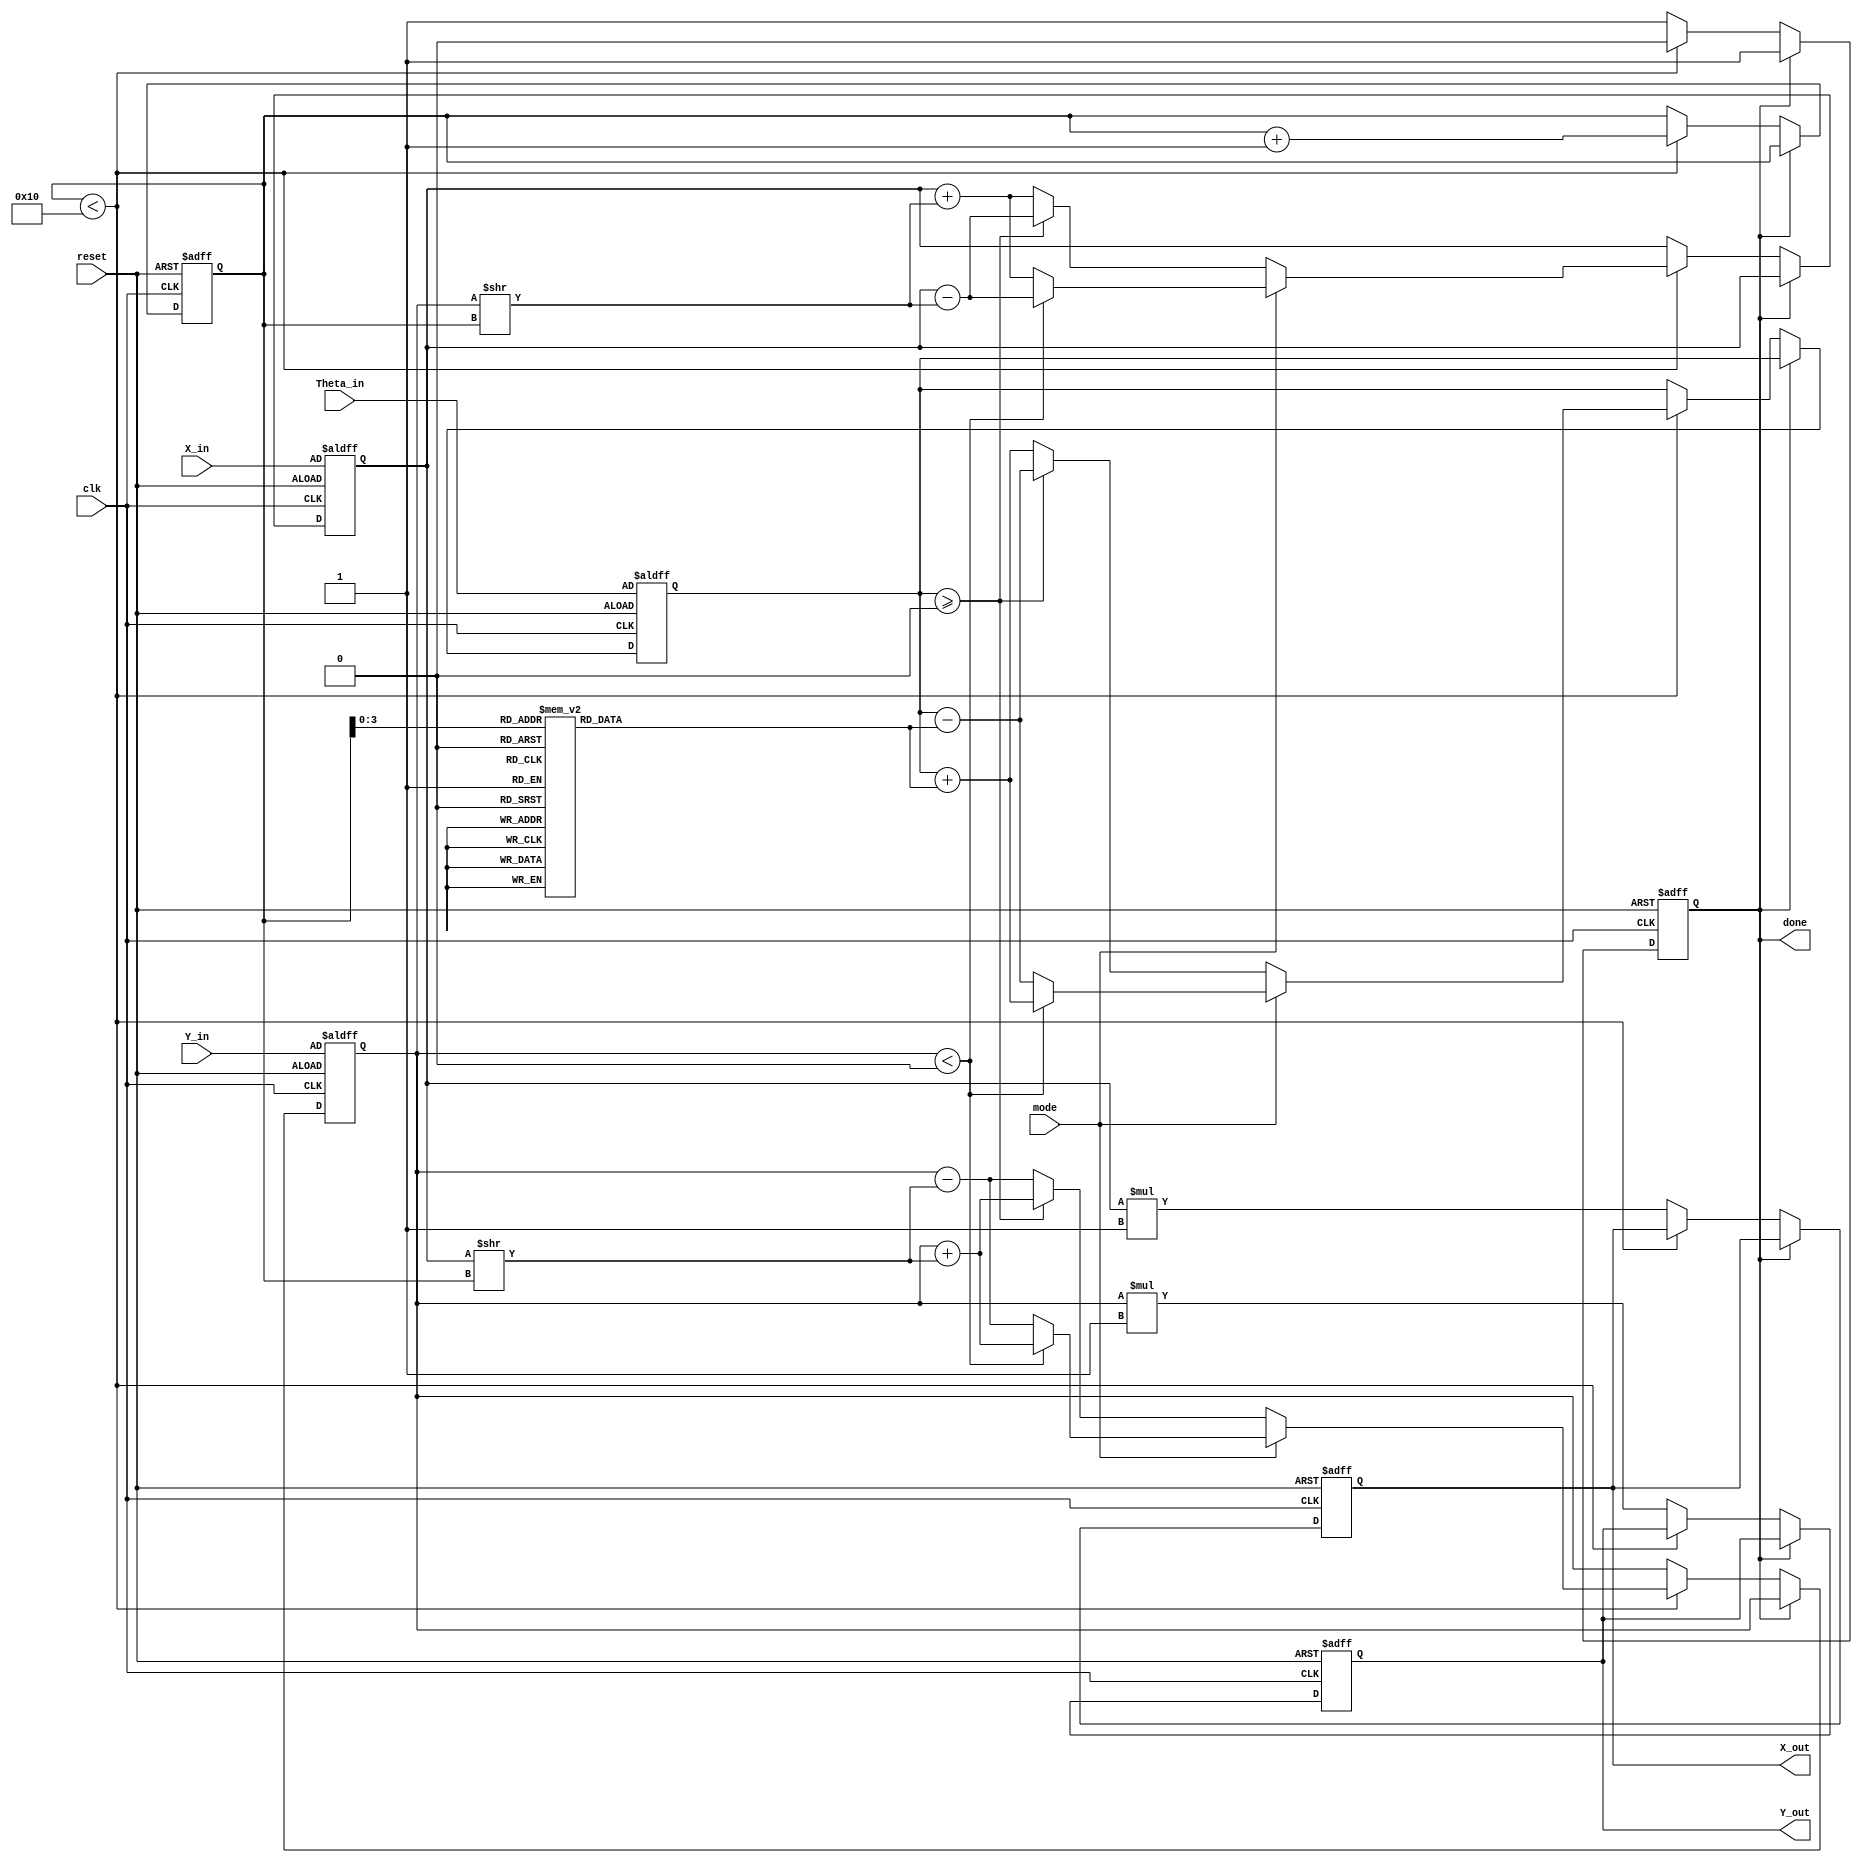
module complex_cordic #(
    parameter DATA_WIDTH = 16,
    parameter ITERATIONS = 16
) (
    input wire clk,
    input wire reset,
    input wire [DATA_WIDTH-1:0] X_in,
    input wire [DATA_WIDTH-1:0] Y_in,
    input wire [DATA_WIDTH-1:0] Theta_in,
    input wire mode,  // 0 for rotation, 1 for vectoring

    output reg [DATA_WIDTH-1:0] X_out,
    output reg [DATA_WIDTH-1:0] Y_out,
    output reg done
);

    reg [DATA_WIDTH-1:0] X_reg, Y_reg, Theta_reg;
    reg [DATA_WIDTH-1:0] Z_reg; // Intermediate register for angle
    reg [4:0] iteration; // Counter for iterations
    reg [DATA_WIDTH-1:0] angle_table [0:ITERATIONS-1]; // Angle lookup table
    reg [DATA_WIDTH-1:0] scaling_factor; // Scaling factor
    reg [DATA_WIDTH-1:0] gain; // Gain for normalization

    // Initialize angle lookup table and scaling factors
    initial begin
        // Angle values for CORDIC
        angle_table[0] = 16'h3FFF; // 45 degrees
        angle_table[1] = 16'h2AAA; // 26.565 degrees
        angle_table[2] = 16'h1C71; // 14.036 degrees
        // Initialize additional angles as required
        // ...
        
        // Gain scaling values based on iterations
        gain = 16'h1B6C; // Example scaling factor (can be changed based on iterations)
        scaling_factor = 16'h1; // This should be 1/gain if scaling is required
    end

    // FSM for control
    always @(posedge clk or posedge reset) begin
        if (reset) begin
            iteration <= 0;
            X_reg <= X_in;
            Y_reg <= Y_in;
            Theta_reg <= Theta_in;
            done <= 0;
            X_out <= 0;
            Y_out <= 0;
        end else if (!done) begin
            if (iteration < ITERATIONS) begin
                // CORDIC Iteration Logic
                if (mode == 0) begin // Rotation mode
                    if (Theta_reg >= 0) begin
                        X_reg <= X_reg - (Y_reg >> iteration);
                        Y_reg <= Y_reg + (X_reg >> iteration);
                        Theta_reg <= Theta_reg - angle_table[iteration];
                    end else begin
                        X_reg <= X_reg + (Y_reg >> iteration);
                        Y_reg <= Y_reg - (X_reg >> iteration);
                        Theta_reg <= Theta_reg + angle_table[iteration];
                    end
                end else begin // Vectoring mode
                    if (Y_reg < 0) begin
                        X_reg <= X_reg - (Y_reg >> iteration);
                        Y_reg <= Y_reg + (X_reg >> iteration);
                        Theta_reg <= Theta_reg + angle_table[iteration];
                    end else begin
                        X_reg <= X_reg + (Y_reg >> iteration);
                        Y_reg <= Y_reg - (X_reg >> iteration);
                        Theta_reg <= Theta_reg - angle_table[iteration];
                    end
                end
                iteration <= iteration + 1;
            end else begin
                // Final output calculation
                X_out <= X_reg * scaling_factor; // Apply scaling
                Y_out <= Y_reg * scaling_factor; // Apply scaling
                done <= 1;  // Indicate completion
            end
        end
    end

endmodule